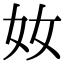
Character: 奻